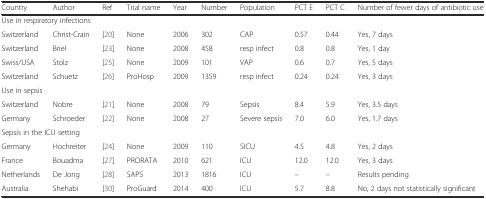
| Country | Author | Ref | Trial name | Year | Number | Population | PCT E | PCT C | Number of fewer days of antibiotic use |
 | --- | --- | --- | --- | --- | --- | --- | --- | --- | --- |
 | <COLSPAN=10> Use in respiratory infections |
 | Switzerland | Christ-Crain | [20] | None | 2006 | 302 | CAP | 0.57 | 0.44 | Yes, 7 days |
 | Switzerland | Briel | [23] | None | 2008 | 458 | resp infect | 0.8 | 0.8 | Yes, 1 day |
 | Swiss/USA | Stolz | [25] | None | 2009 | 101 | VAP | 0.6 | 0.7 | Yes, 5 days |
 | Switzerland | Schuetz | [26] | ProHosp | 2009 | 1359 | resp infect | 0.24 | 0.24 | Yes, 3 days |
 | <COLSPAN=10> Use in sepsis |
 | Switzerland | Nobre | [21] | None | 2008 | 79 | Sepsis | 8.4 | 5.9 | Yes, 3.5 days |
 | Germany | Schroeder | [22] | None | 2008 | 27 | Severe sepsis | 7.0 | 6.0 | Yes, 1.7 days |
 | <COLSPAN=10> Sepsis in the ICU setting |
 | Germany | Hochreiter | [24] | None | 2009 | 110 | SICU | 4.5 | 4.8 | Yes, 2 days |
 | France | Bouadma | [27] | PRORATA | 2010 | 621 | ICU | 12.0 | 12.0 | Yes, 3 days |
 | Netherlands | De Jong | [28] | SAPS | 2013 | 1816 | ICU | – | – | Results pending |
 | Australia | Shehabi | [30] | ProGuard | 2014 | 400 | ICU | 5.7 | 8.8 | No, 2 days not statistically significant |